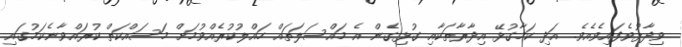
ވިދާޅުވެފައިވެއެވެ. އަދި ކަމާގުޅޭ އިދާރާތަކާއި ގުޅިގެން އެ މައްސަލަތައް ހައްލުކުރެއްވުމަަށް މަސައްކަތް ކުރައްވާނެކަމުގައި